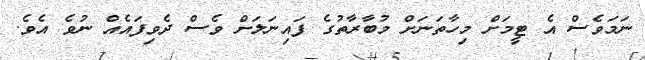
ނަމަވެސް އެ ޓީމަށް މިހާތަނަށް މުބާރާތުގެ ފައިނަލަށް ވެސް ދެވިފައެއް ނުވެ އެވެ.